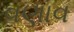
વણાવ